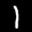
Label: 1